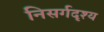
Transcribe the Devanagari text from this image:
निसर्गदृश्य